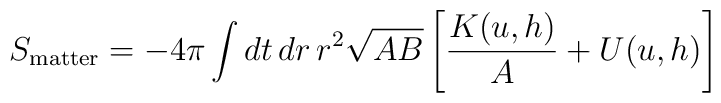
S_{\rm matter} = -4\pi \int dt\, dr\, r^2 \sqrt{AB}       \left[ {K(u,h)\over A} + U(u,h) \right]